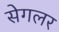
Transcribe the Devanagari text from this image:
सेगलर